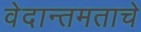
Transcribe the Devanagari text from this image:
वेदान्तमताचे